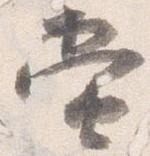
当